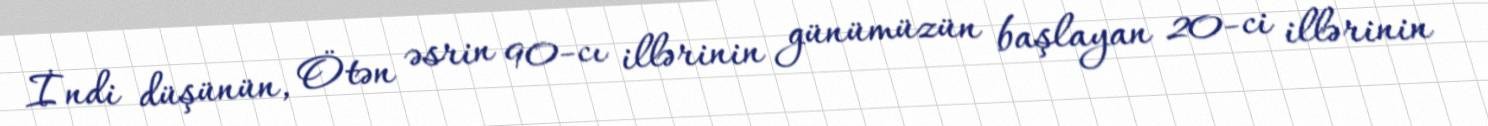
İndi düşünün, Ötən əsrin 90-cı illərinin günümüzün başlayan 20-ci illərinin